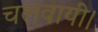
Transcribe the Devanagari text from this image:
चलवायीं।